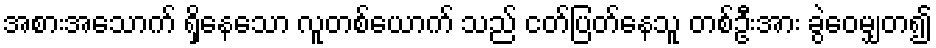
အစားအသောက် ရှိနေသော လူတစ်ယောက် သည် ငတ်ပြတ်နေသူ တစ်ဦးအား ခွဲဝေမျှတ၍